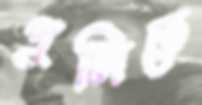
পুলিতে